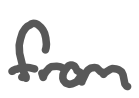
Text: from
Cross-out: clean
Writing tool: digital_gray